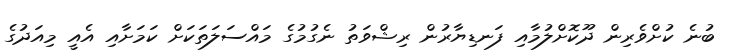
ބުނެ ކުށްވެރިން ދޫކޮށްލުމާއި ފަނޑިޔާރުން ރިޝްވަތު ނެގުމުގެ މައްސަލަތަކަށް ކަމަށާއި އެއީ މިއަދުގެ